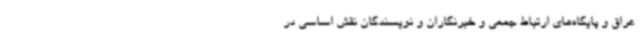
عراق و پایگاه‌های ارتباط جمعی و خبرنگاران و نویسندگان نقش اساسی در